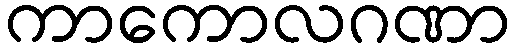
ကာကောလဂဏာ